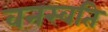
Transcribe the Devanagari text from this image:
वनस्वति